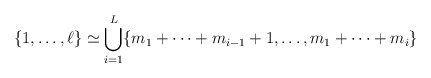
\begin{align*}\{ 1, \ldots, \ell\} \simeq \bigcup_{i=1}^L \{m_1+\cdots + m_{i-1}+1, \ldots, m_1+ \cdots+ m_i\} \end{align*}